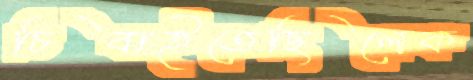
চিবাইতেছিলেক